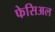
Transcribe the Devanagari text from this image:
फेसिअल